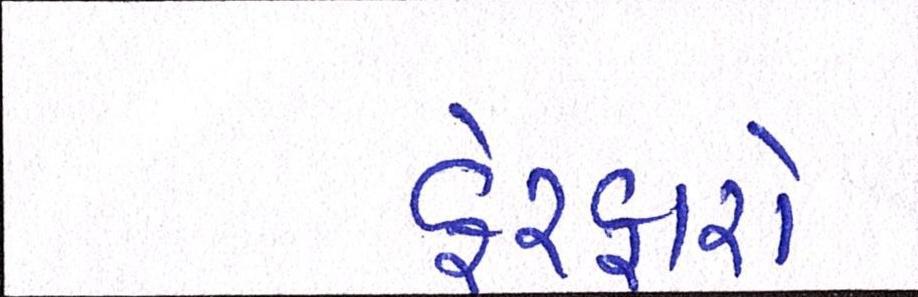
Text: ફેરફારો